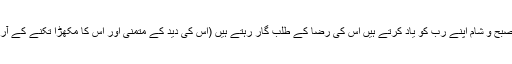
) تو اپنے آپ کو ان لوگوں کی سنگت میں جمائے رکھا کر جو صبح و شام اپنے رب کو یاد کرتے ہیں اس کی رضا کے طلب گار رہتے ہیں (اس کی دید کے متمنی اور اس کا مکھڑا تکنے کے آرزو مند ہیں) تیری (محبت اور توجہ کی) نگاہیں ان سے نہ ہٹیں۔